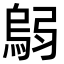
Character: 𫸼